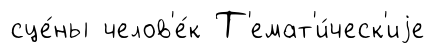
сце́ны челов'е́к Т'емат'и́ческ'иjе